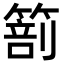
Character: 𥰵